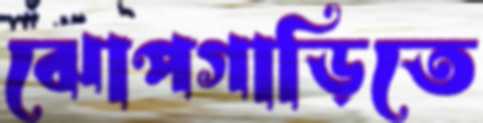
ঝোপগাড়িতে